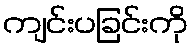
ကျင်းပခြင်းကို